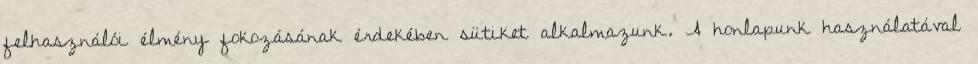
felhasználói élmény fokozásának érdekében sütiket alkalmazunk. A honlapunk használatával